Leningradi_Edasi_toimetus, lk 213
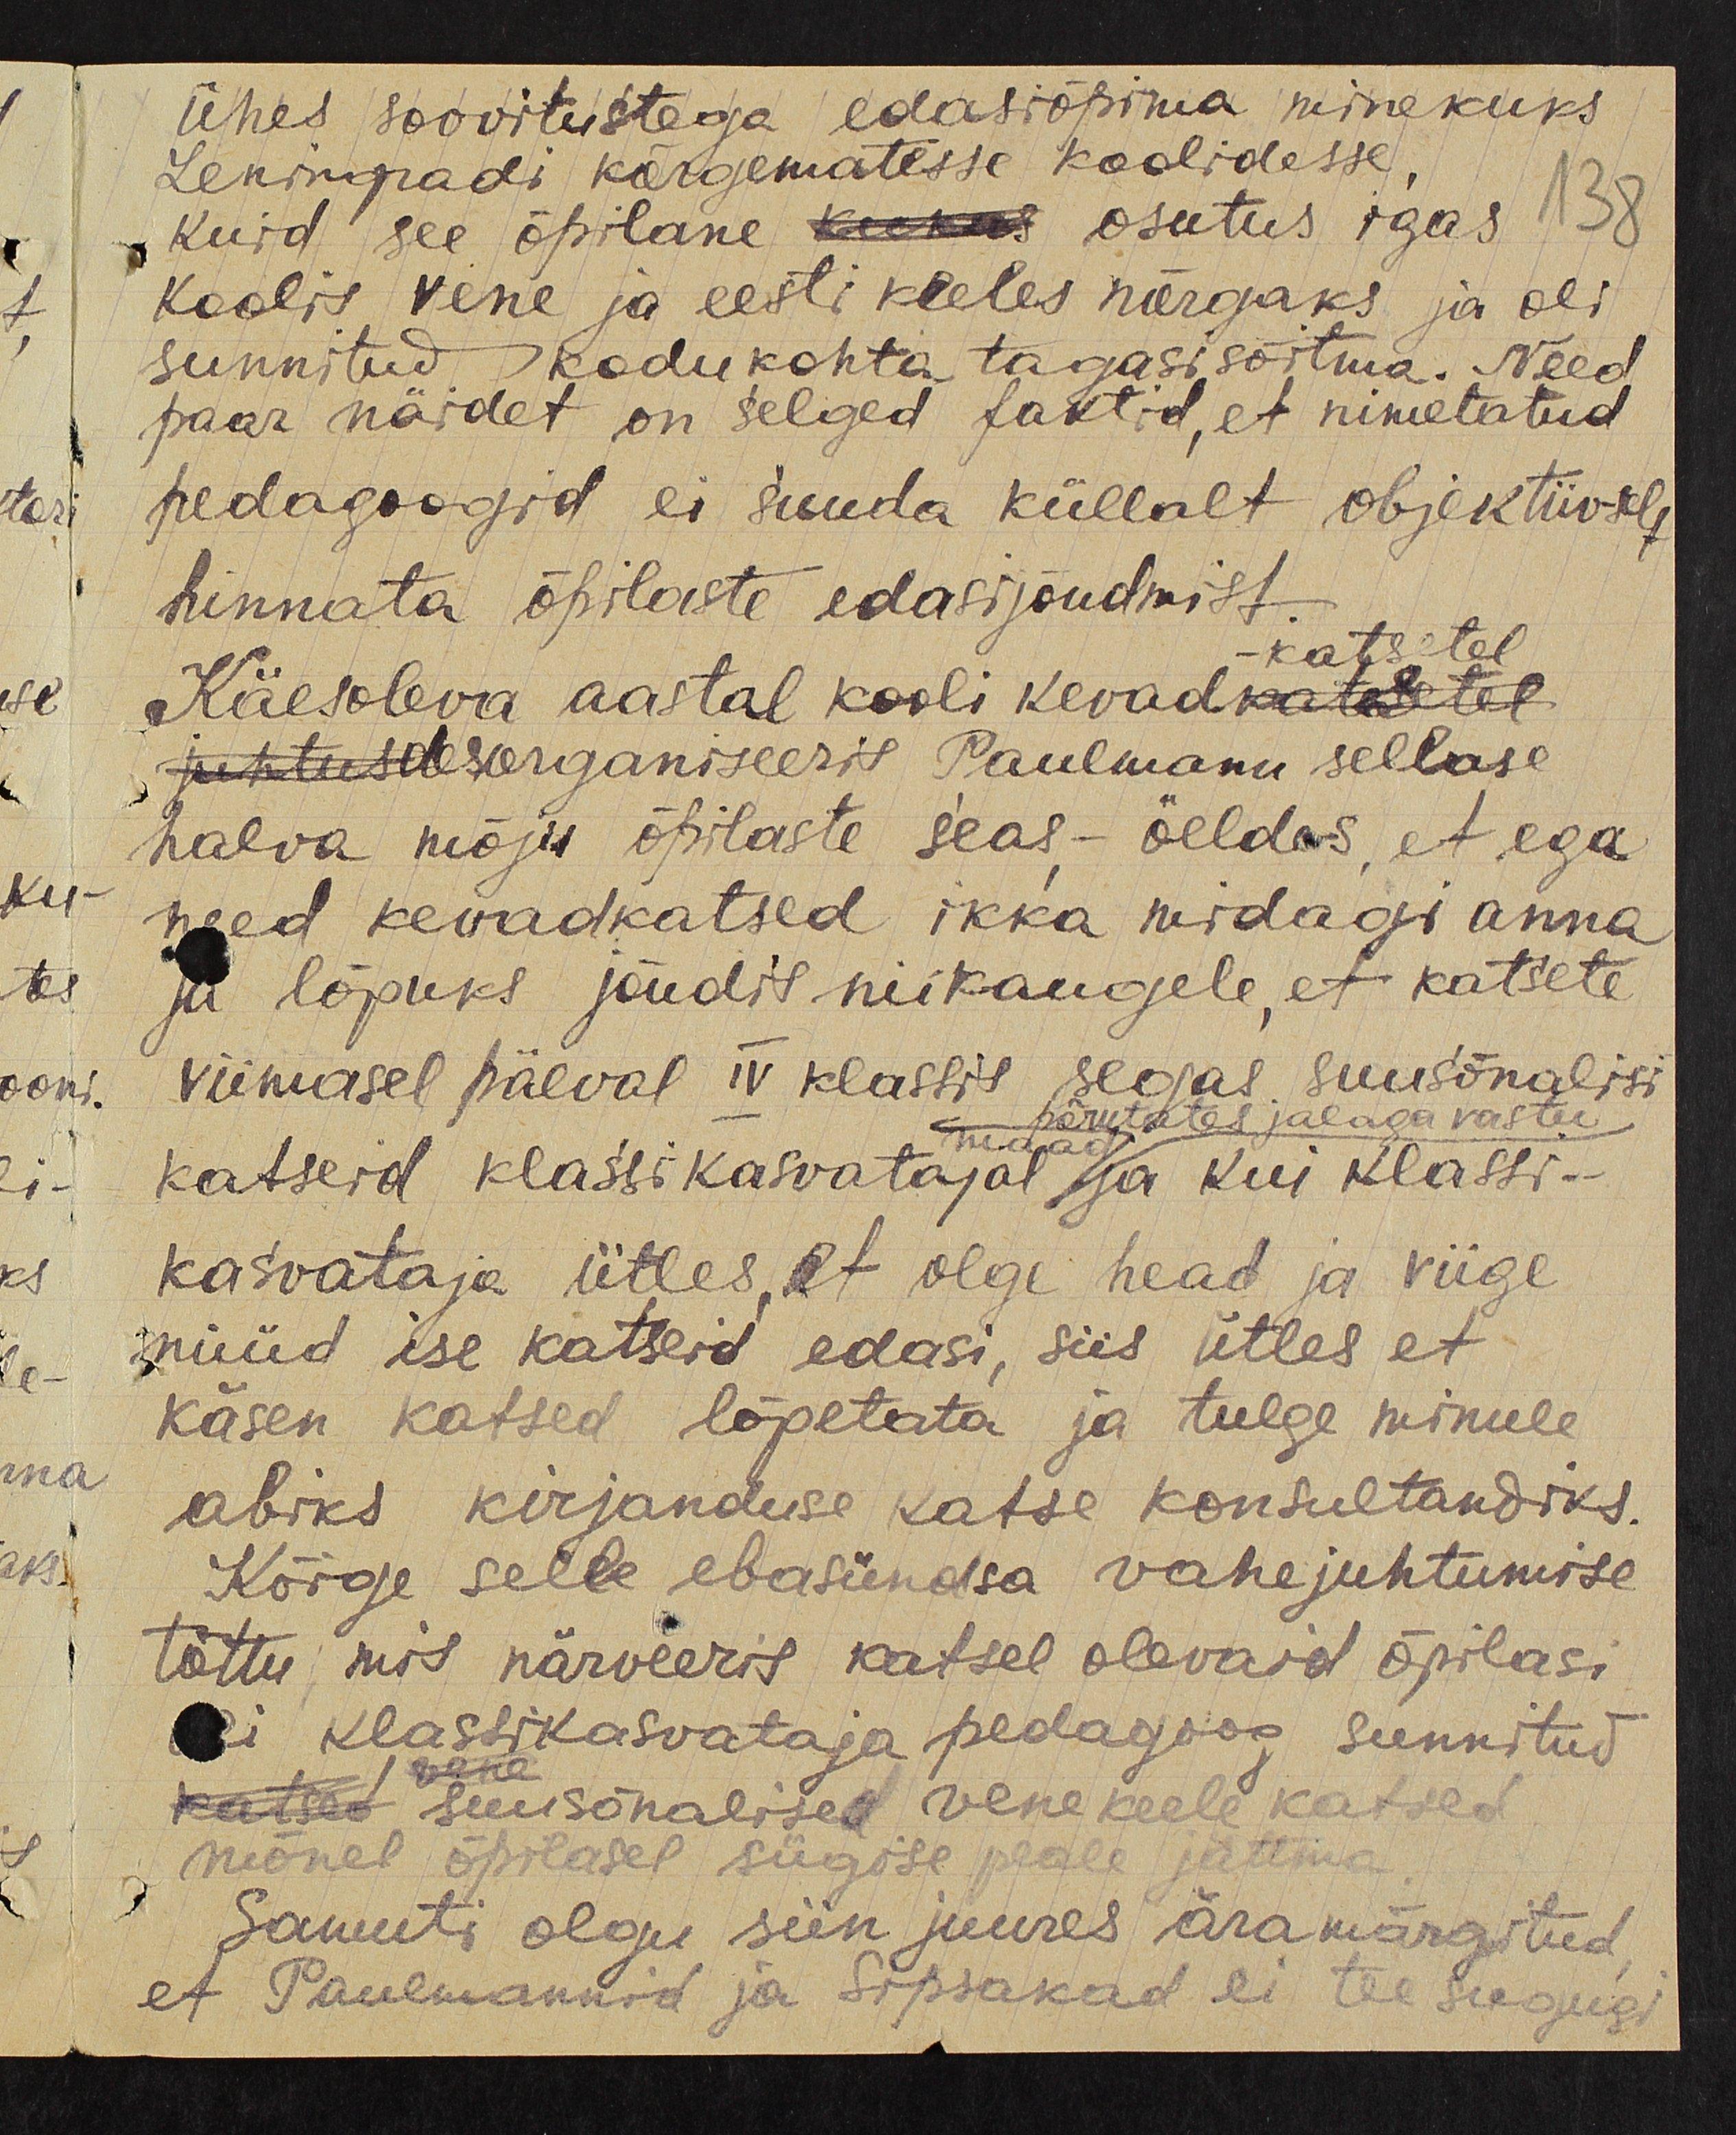
ühes soovitustega edasiõpima minekuks
Lenigradi kõrgematesse koolidesse
Kuid see õpilane osutus igas 138
koolis vene ja eesti keeles nõrgaks ja oli
sunnitud kodukohta tagasi sõitma. Need
paar näidet on selged faktid, et nimetatud
pedagoogid ei suuda küllalt objektiivselt
hinnata õpilaste edasijõudmist
katsetel
Käesoleva aastal kooli kevad
organiseeris Paulmann sellase
halva mõju õpilaste seas - öeldes, et ega
need kevadkatsed ikka midagi anna,
ja lõpuks jõudis niikaugele, et katsete
viimasel päeval IV klassis segas suusõnalisi
põrutates jalaga vastu.
katseid klassikasvatajal ja kui klassi-
kasvataja ütles, et olge head ja viige
nüüd ise katseid edasi, siis ütles et
käsen katsed lõpetata ja tulge minule
abiks kirjanduse katse konsultandiks.
Kõige selle ebasündsa vahejuhtumise
tõttu mis närveeris katsel olevaid õpilasi
ei klassikasvataja pedagoog sunnitud
suusõnalised vene keele katsed
mõnel õpilasel sügise peale jättma
Samuti olgu siin juures äramärgitud
et Paulmannid ja Sipsakad ei tee sugugi